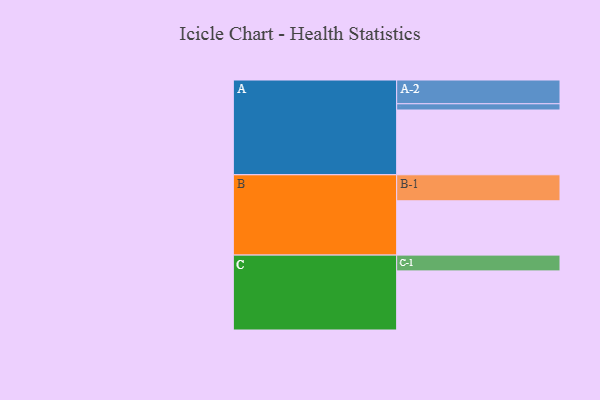
{"axis": {"x": "Segment", "y": "Value"}, "legend": ["", "A", "B", "C"], "data": [{"x": "A", "y": 583, "type": ""}, {"x": "B", "y": 489, "type": ""}, {"x": "C", "y": 532, "type": ""}, {"x": "A-1", "y": 56, "type": "A"}, {"x": "A-2", "y": 214, "type": "A"}, {"x": "B-1", "y": 234, "type": "B"}, {"x": "C-1", "y": 142, "type": "C"}]}